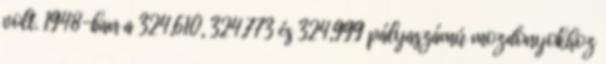
volt. 1948-ban a 324,610, 324,773 és 324,999 pályaszámú mozdonyokhoz